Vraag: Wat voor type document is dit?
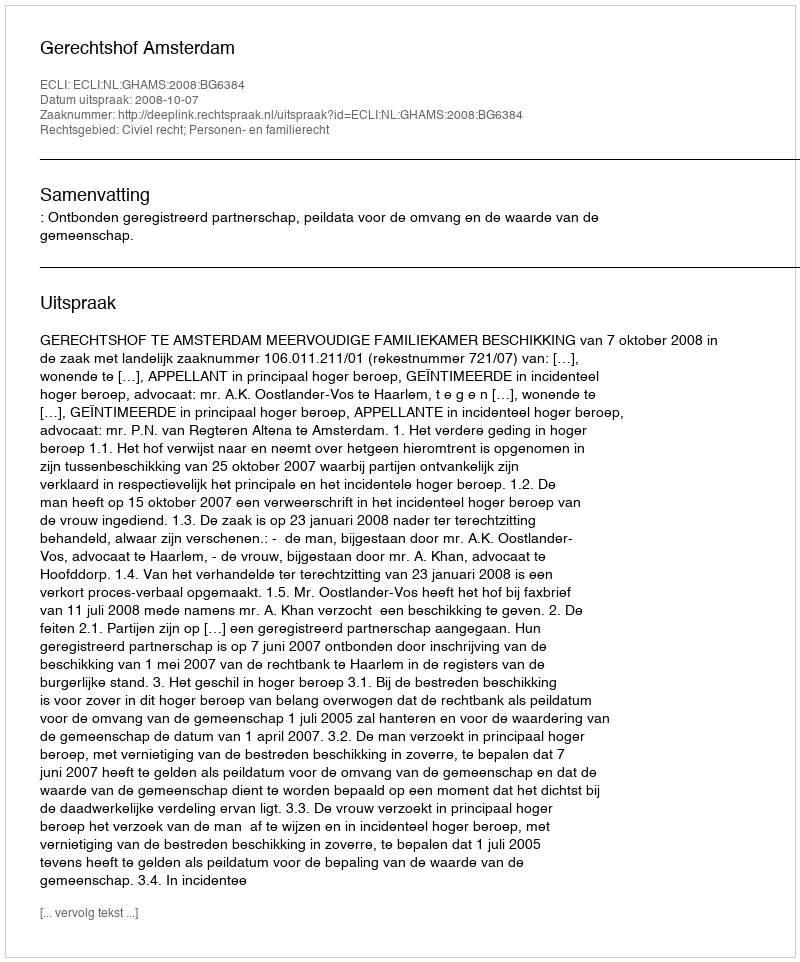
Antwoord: Uitspraak